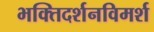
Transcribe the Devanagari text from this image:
भक्तिदर्शनविमर्श